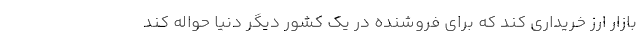
بازار ارز خریداری کند که برای فروشنده در یک کشور دیگر دنیا حواله کند